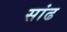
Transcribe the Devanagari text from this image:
सांढ